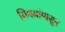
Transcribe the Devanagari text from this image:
विषयांपासून